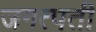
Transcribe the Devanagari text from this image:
जगत्पती